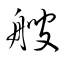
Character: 艘